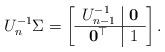
LaTeX: \begin{align*}U_n^{-1} \Sigma = \left[ \begin{array}{c|c}U_{n-1}^{-1} & \mathbf{0} \\\hline \mathbf{0}^\top & 1\end{array} \right]. \end{align*}